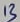
Text: 13